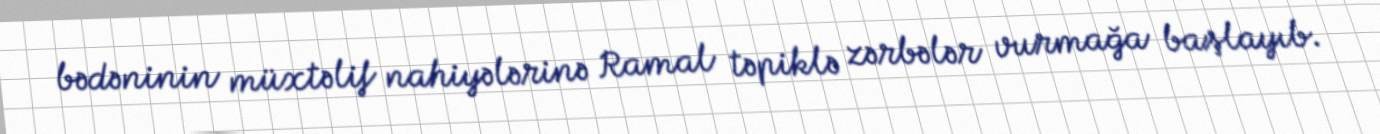
bədəninin müxtəlif nahiyələrinə Ramal təpiklə zərbələr vurmağa başlayıb.